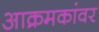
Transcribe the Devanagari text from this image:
आक्रमकांवर